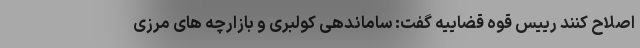
اصلاح کنند رییس قوه قضاییه گفت: ساماندهی کولبری و بازارچه های مرزی